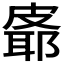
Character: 𪾉